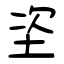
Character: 垐